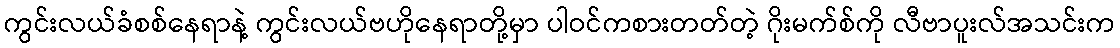
ကွင်းလယ်ခံစစ်နေရာနဲ့ ကွင်းလယ်ဗဟိုနေရာတို့မှာ ပါဝင်ကစားတတ်တဲ့ ဂိုးမက်စ်ကို လီဗာပူးလ်အသင်းက